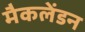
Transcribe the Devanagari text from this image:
मैकलेंडन